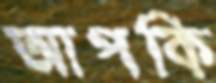
আপকি